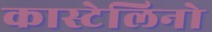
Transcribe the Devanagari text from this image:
कास्टेलिनो